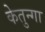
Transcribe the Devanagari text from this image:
केतुन्गा